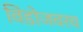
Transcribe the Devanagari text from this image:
विंडोजवरच